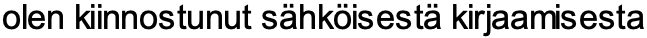
olen kiinnostunut sähköisestä kirjaamisesta